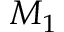
M _ { 1 }